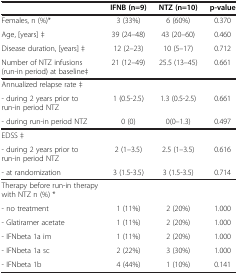
<table><thead><tr><td><b> </b></td><td><b>IFNB (n=9)</b></td><td><b>NTZ (n=10)</b></td><td><b>p-value</b></td></tr></thead><tbody><tr><td>Females, n (%)*</td><td>3 (33%)</td><td>6 (60%)</td><td>0.370</td></tr><tr><td>Age, [years] ‡</td><td>39 (24–48)</td><td>43 (20–60)</td><td>0.460</td></tr><tr><td>Disease duration, [years] ‡</td><td>12 (2–23)</td><td>10 (5–17)</td><td>0.712</td></tr><tr><td>Number of NTZ infusions (run-in period) at baseline‡</td><td>21 (12–49)</td><td>25.5 (13–45)</td><td>0.661</td></tr><tr><td>Annualized relapse rate ‡</td><td> </td><td> </td><td> </td></tr><tr><td>- during 2 years prior to run-in period NTZ</td><td>1 (0.5-2.5)</td><td>1.3 (0.5-2.5)</td><td>0.661</td></tr><tr><td>- during run-in period NTZ</td><td>0 (0)</td><td>0(0–1.3)</td><td>0.497</td></tr><tr><td>EDSS ‡</td><td> </td><td> </td><td> </td></tr><tr><td>- during 2 years prior to run-in period NTZ</td><td>2 (1–3.5)</td><td>2.5 (1–3.5)</td><td>0.616</td></tr><tr><td>- at randomization</td><td>3 (1.5-3.5)</td><td>3 (1.5-3.5)</td><td>0.714</td></tr><tr><td>Therapy before run-in therapy with NTZ n (%) *</td><td> </td><td> </td><td> </td></tr><tr><td>- no treatment</td><td>1 (11%)</td><td>2 (20%)</td><td>1.000</td></tr><tr><td>- Glatiramer acetate</td><td>1 (11%)</td><td>2 (20%)</td><td>1.000</td></tr><tr><td>- IFNbeta 1a im</td><td>1 (11%)</td><td>2 (20%)</td><td>1.000</td></tr><tr><td>- IFNbeta 1a sc</td><td>2 (22%)</td><td>3 (30%)</td><td>1.000</td></tr><tr><td>- IFNbeta 1b</td><td>4 (44%)</td><td>1 (10%)</td><td>0.141</td></tr></tbody></table>